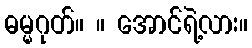
ဓမ္မဂုတ်။ ။ အောင်ရဲ့လား။